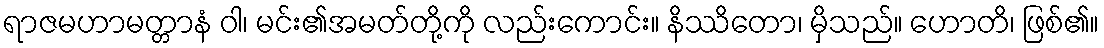
ရာဇမဟာမတ္တာနံ ဝါ၊ မင်း၏အမတ်တို့ကို လည်းကောင်း။ နိဿိတော၊ မှိသည်။ ဟောတိ၊ ဖြစ်၏။